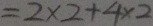
= 2 \times 2 + 4 \times 2